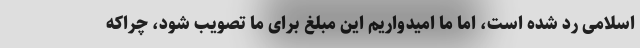
اسلامی رد شده است، اما ما امیدواریم این مبلغ برای ما تصویب شود، چراکه